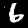
Label: 6